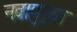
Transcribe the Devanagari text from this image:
नवापुर्‍या